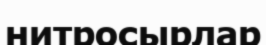
нитросырлар